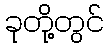
ခုတို့တွင်